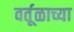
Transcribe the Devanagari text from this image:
वर्तूळाच्या